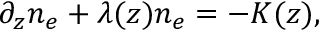
\partial _ { z } n _ { e } + \lambda ( z ) n _ { e } = - K ( z ) ,